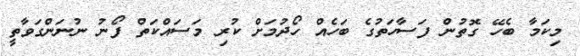
މިކަމާ ބެހޭ ގޮތުން ފަސާހަތުގެ ބަހެއް ހޯދުމަށް ކުރި މަސައްކަތް ފޯނު ނުނަންގަވާތީ